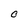
Character: O